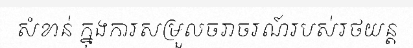
សំខាន់ ក្នុងការសម្រួលចរាចរណ៍របស់រថយន្ត